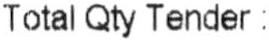
TOTAL QTY TENDER :